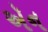
ઍન